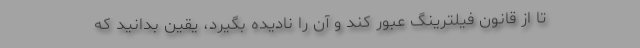
تا از قانون فیلترینگ عبور کند و آن را نادیده بگیرد، یقین بدانید که